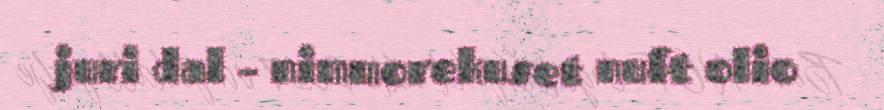
juri dal – nimmorekuset nuft olio